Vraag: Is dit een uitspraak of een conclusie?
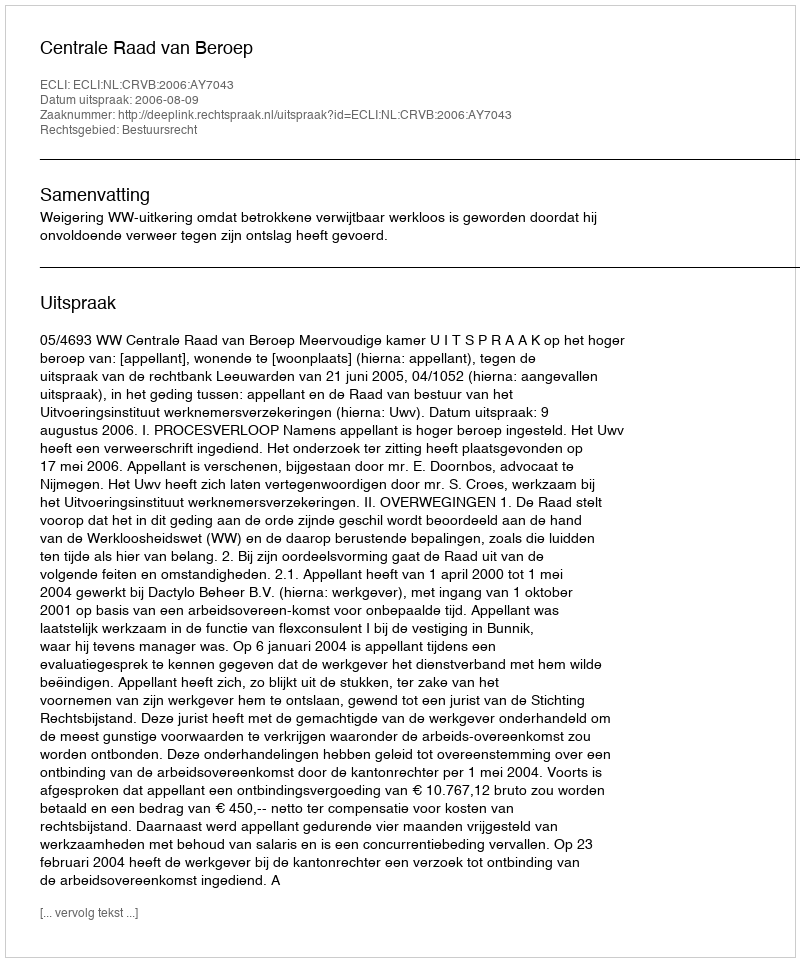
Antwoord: Uitspraak